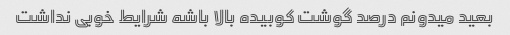
بعید میدونم درصد گوشت کوبیده بالا باشه شرایط خوبی نداشت